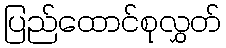
ပြည်ထောင်စုလွှတ်